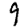
Digit: 9